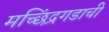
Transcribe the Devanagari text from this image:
मच्छिंद्रगडाची